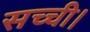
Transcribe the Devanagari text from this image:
सच्ची।